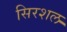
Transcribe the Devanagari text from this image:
सिरशल